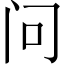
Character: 问